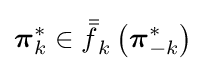
{\boldsymbol {\pi }}_{k}^{*}\in {\bar {\bar {f}}}_{k}\left({\boldsymbol {\pi }}_{-k}^{*}\right)